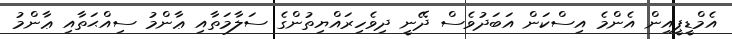
އެމްޑީޕީއިން އެންމެ އިސްކަން އަބަދުވެސް ދޭނީ ދިވެހިރައްޔިތުންގެ ސަލާމަތާއި ޢާންމު ސިއްޙަތާއި ޢާންމު